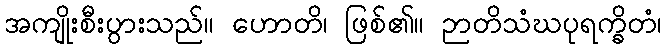
အကျိုးစီးပွားသည်။ ဟောတိ၊ ဖြစ်၏။ ဉာတိသံဃပုရက္ခိတံ၊